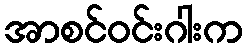
အာစင်ဝင်းဂါးက